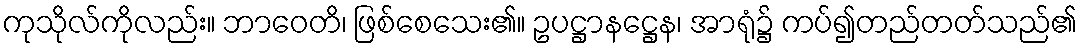
ကုသိုလ်ကိုလည်း။ ဘာဝေတိ၊ ဖြစ်စေသေး၏။ ဥပဋ္ဌာနဋ္ဌေန၊ အာရုံ၌ ကပ်၍တည်တတ်သည်၏